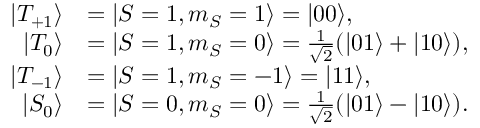
\begin{array} { r l } { \vert { T _ { + 1 } } \rangle } & { = \vert { S = 1 , m _ { S } = 1 } \rangle = \vert { 0 0 } \rangle , } \\ { \vert { T _ { 0 } } \rangle } & { = \vert { S = 1 , m _ { S } = 0 } \rangle = \frac { 1 } { \sqrt { 2 } } ( \vert { 0 1 } \rangle + \vert { 1 0 } \rangle ) , } \\ { \vert { T _ { - 1 } } \rangle } & { = \vert { S = 1 , m _ { S } = - 1 } \rangle = \vert { 1 1 } \rangle , } \\ { \vert { S _ { 0 } } \rangle } & { = \vert { S = 0 , m _ { S } = 0 } \rangle = \frac { 1 } { \sqrt { 2 } } ( \vert { 0 1 } \rangle - \vert { 1 0 } \rangle ) . } \end{array}